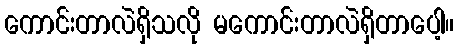
ကောင်းတာလဲရှိသလို မကောင်းတာလဲရှိတာပေါ့။